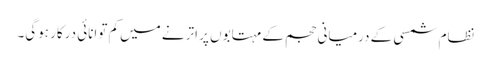
نظام شمسی کے درمیانی حجم کے مہتابوں پر اترنے میں کم توانائی درکار ہوگی۔